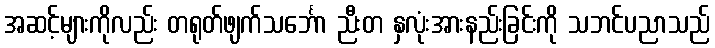
အဆင့်များကိုလည်း တရုတ်ဖျက်သင်္ဘော ညီးတ နှလုံးအားနည်းခြင်းကို သဘင်ပညာသည်